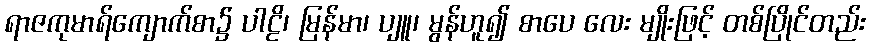
ရာဇကုမာရ်ကျောက်စာ၌ ပါဠိ၊ မြန်မာ၊ ပျူ၊ မွန်ဟူ၍ စာပေ လေး မျိုးဖြင့် တစ်ပြိုင်တည်း